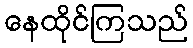
နေထိုင်ကြသည်